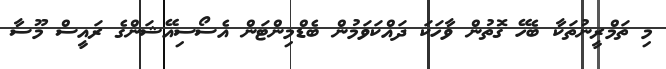
މި ތަމްރީނުތަކާ ބެހޭ ގޮތުން ވާހަކަ ދައްކަވަމުން ބެޑްމިންޓަން އެސޯސިއޭޝަންގެ ރައީސް މޫސާ